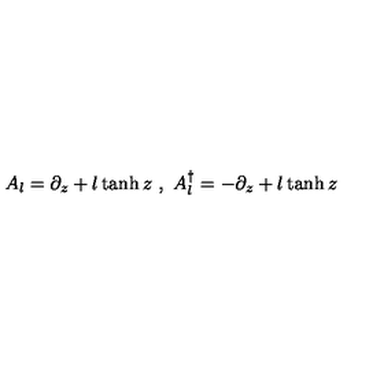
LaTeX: A _ { l } = \partial _ { z } + l \tanh z \textrm { } , \textrm { } A _ { l } ^ { \dagger } = - \partial _ { z } + l \tanh z